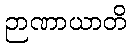
ဉာဏာယာတိ